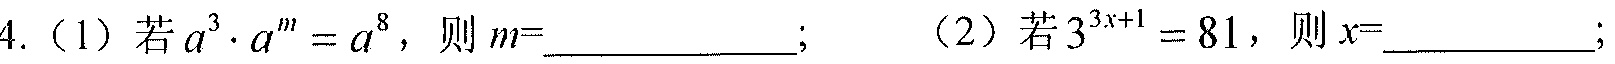
4.（1）若\(a^{3}\cdot a^{m}=a^{8}\)，则\(m=\underline{\quad\quad}\)；（2）若\(3^{3x + 1}=81\)，则\(x=\underline{\quad\quad}\)；